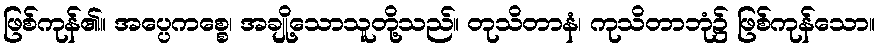
ဖြစ်ကုန်၏။ အပ္ပေကစ္စေ၊ အချို့သောသူတို့သည်။ တုသိတာနံ၊ ကုသိတာဘုံ၌ ဖြစ်ကုန်သော။